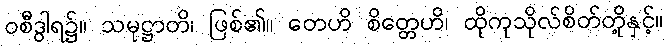
ဝစီဒွါရ၌။ သမုဋ္ဌာတိ၊ ဖြစ်၏။ တေဟိ စိတ္တေဟိ၊ ထိုကုသိုလ်စိတ်တို့နှင့်။